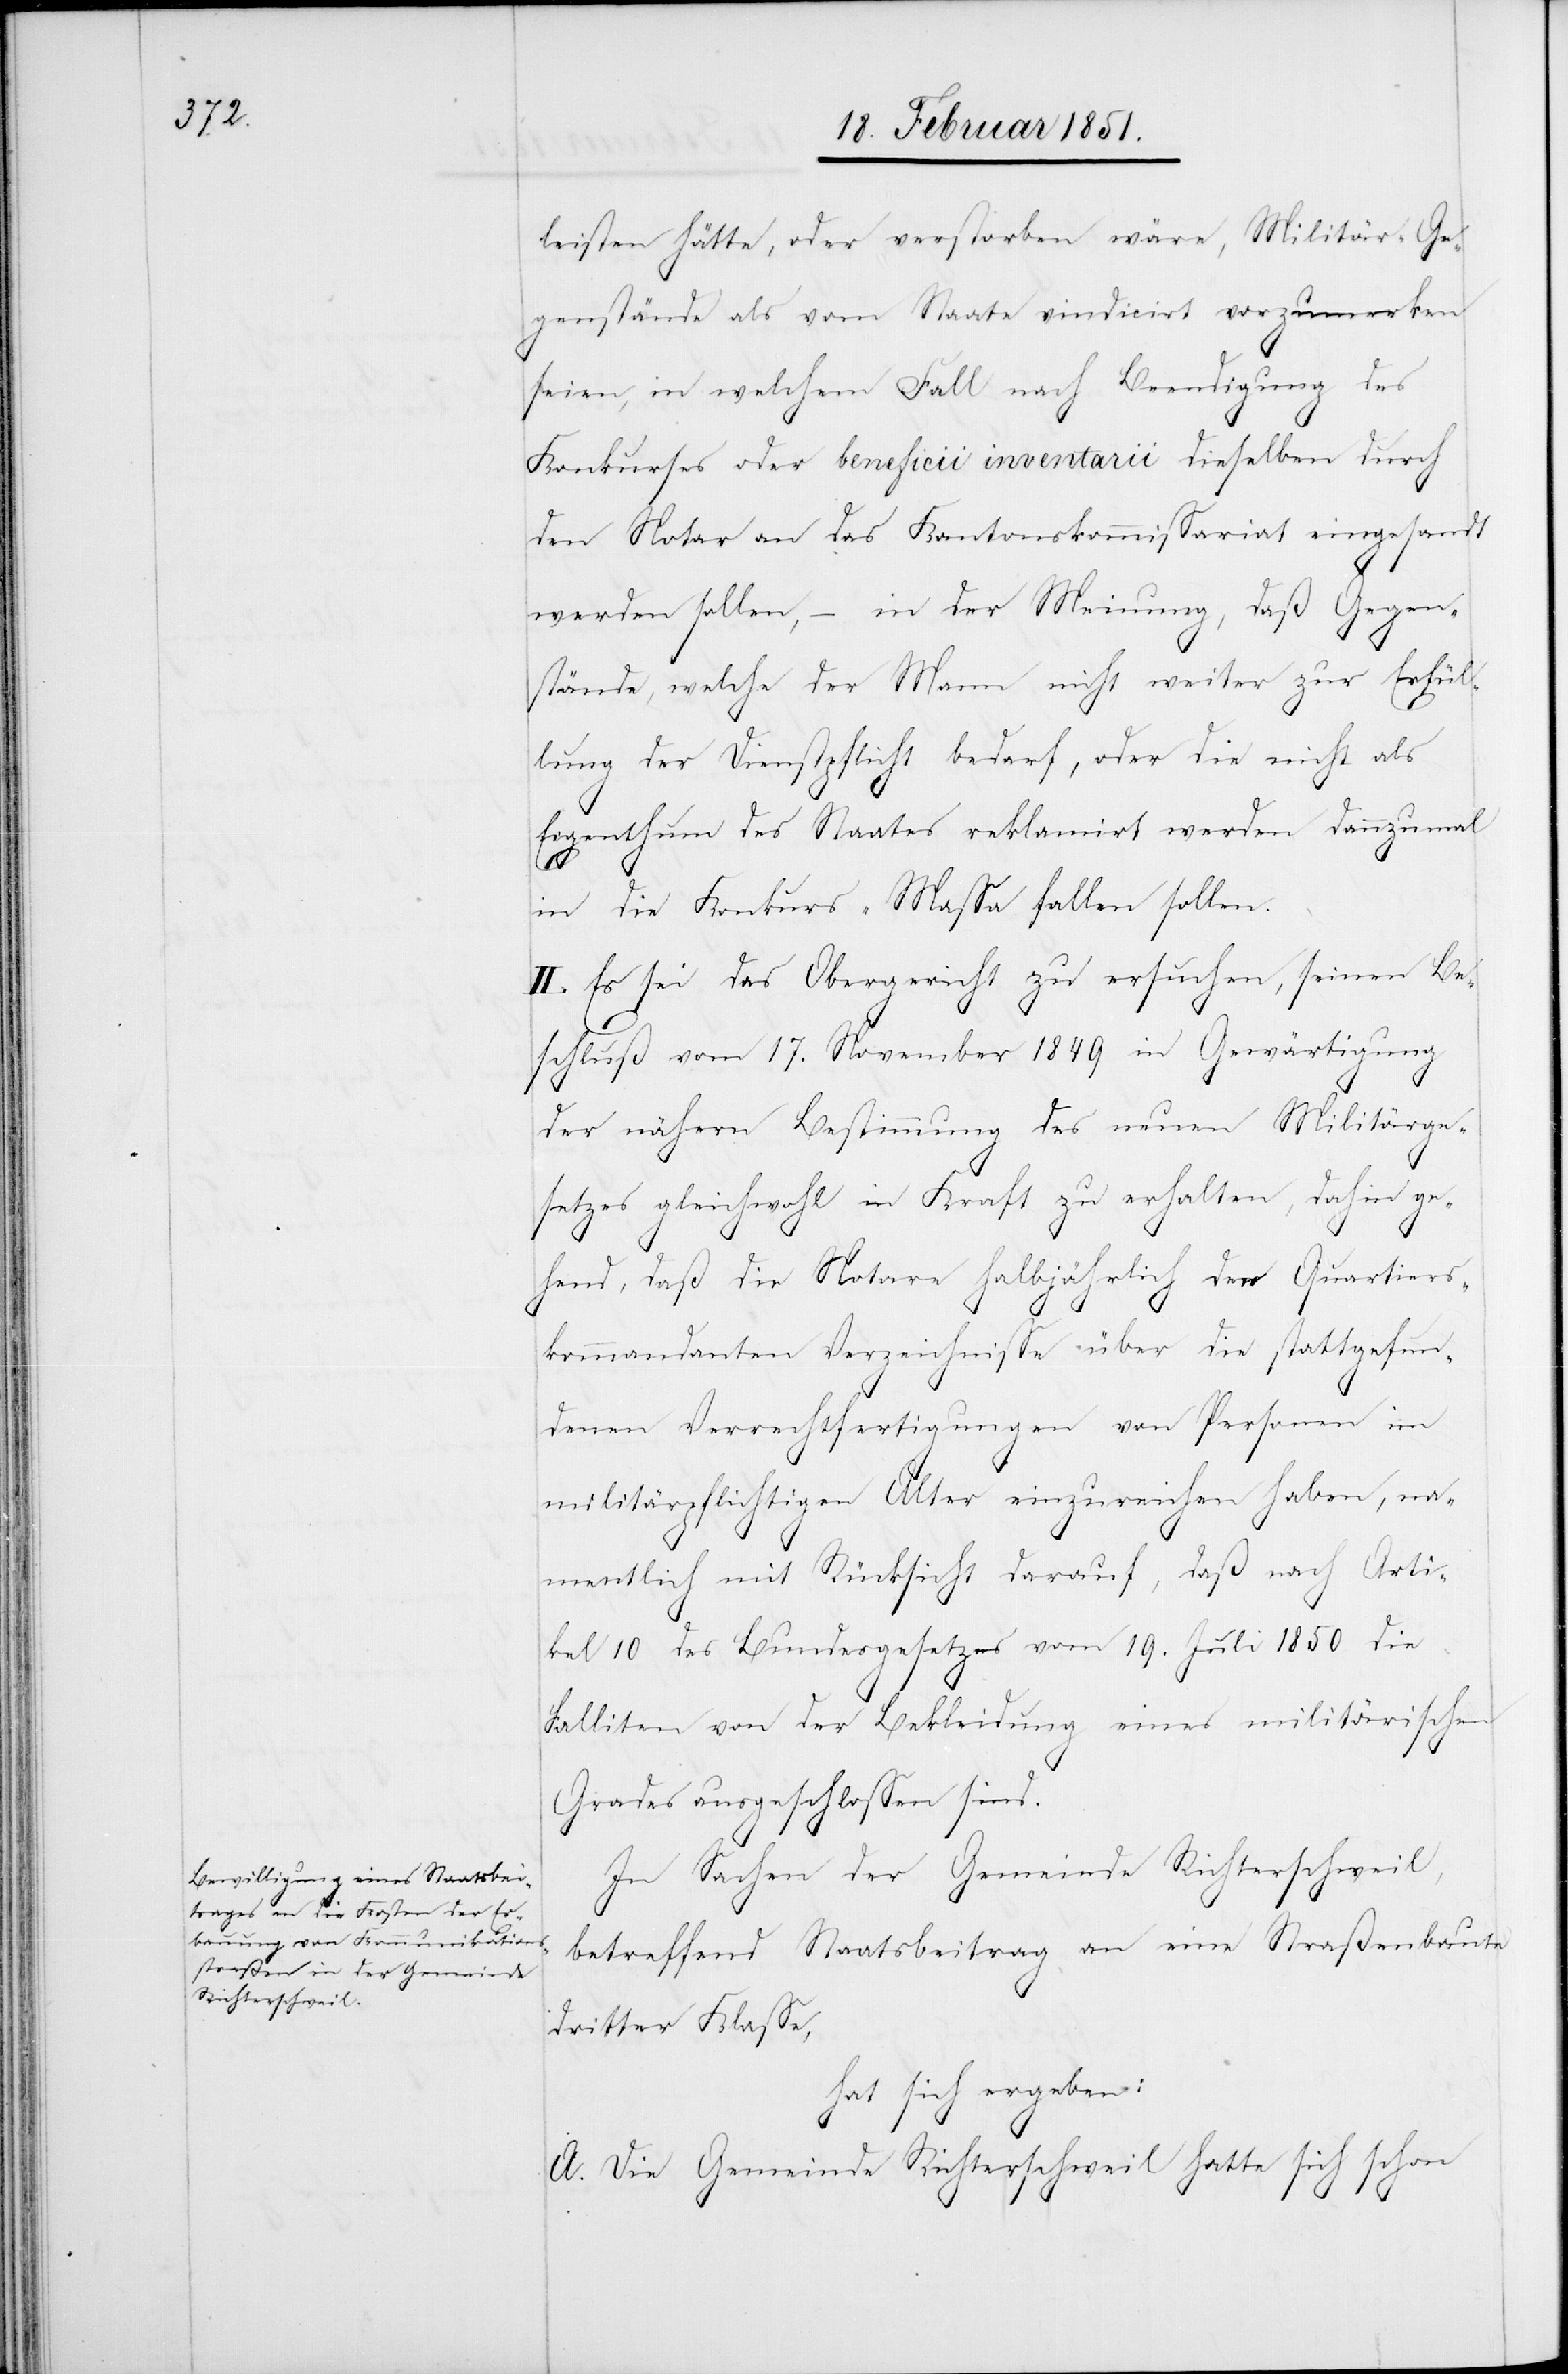
leisten hätte, oder verstorben wäre, Militär-Ge¬
genstände als vom Staate vindicirt vorzumerken
seien, in welchem Fall nach Beendigung des
Konkurses oder beneficii inventarii dieselben durch
den Notar an das Kantonskommissariat eingesandt
werden sollen, – in der Meinung, daß
stände, welche[r] der Mann nicht weiter zur Erfül¬
lung der Dienstpflicht bedarf, oder die nicht als
Eigenthum des Staates reklamirt werden dannzumal
in die Konkurs-Massa fallen sollen.
II. Es sei das Obergericht zu ersuchen, seinen Be¬
schluß vom 17. November 1849 in Gewärtigung
der nähern Bestimmung des neuen Militärge¬
setzes gleichwohl in Kraft zu erhalten, dahin ge¬
hend, daß die Notare halbjährlich den Quartiers¬
Gegen¬
kommandanten Verzeichnisse über die stattgefun¬
denen Verrechtfertigungen von Personen im
militärpflichtigen Alter einzureichen haben, na¬
mentlich mit Rücksicht darauf, daß nach Arti¬
kel 10 des Bundesgesetzes vom 19. Juli 1850 die
Falliten von der Bekleidung eines militärischen
Grades ausgeschlossen sind.
In Sachen der Gemeinde Richterschweil,
betreffend Staatsbeitrag an eine Straßenbaute
dritter Klasse,
hat sich ergeben:
A. Die Gemeinde Richterschweil hatte sich schon